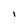
Character: l